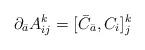
LaTeX: \begin{align*}\partial_{\bar a} A_{ij}^k = [ {\bar C}_{\bar a} , C_i ]_{j}^k\end{align*}